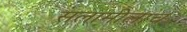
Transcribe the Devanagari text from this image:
सलामीलाच